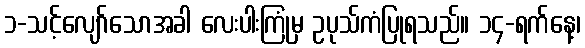
၁-သင့်လျော်သောအခါ လေးပါးကြုံမှ ဥပုသ်ကံပြုရသည်။ ၁၄-ရက်နေ့၊